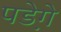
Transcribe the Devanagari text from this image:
पडे़गे